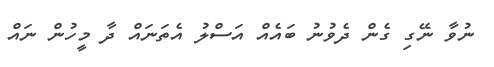
ނުވާ ނޭގި ގެން ދެވުނު ބައެއް އަސްލު އެތަނައް ދާ މީހުން ނައް